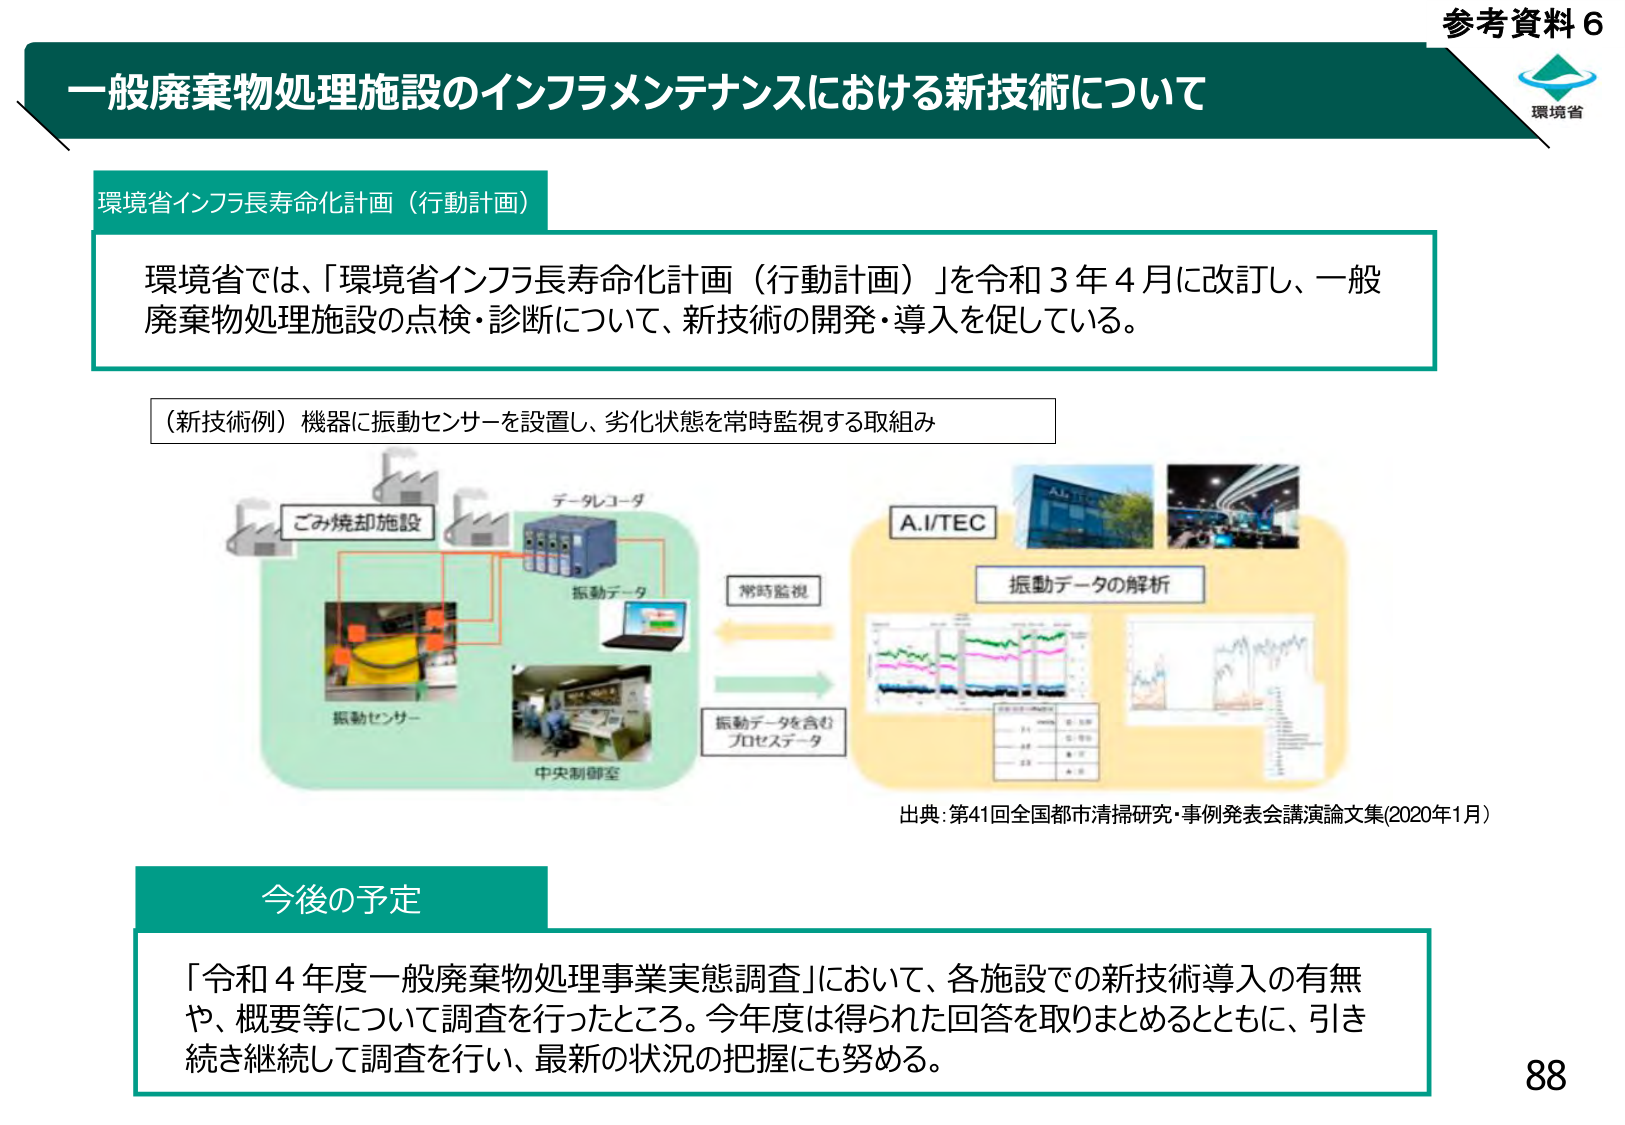
参考資料６
環境省

一般廃棄物処理施設のインフラメンテナンスにおける新技術について

環境省インフラ長寿命化計画（行動計画）

環境省では、「環境省インフラ長寿命化計画（行動計画）」を令和３年４月に改訂し、一般廃棄物処理施設の点検・診断について、新技術の開発・導入を促している。

（新技術例）機器に振動センサーを設置し、劣化状態を常時監視する取組み

ごみ焼却施設
データレコーダ
振動データ
振動センサー
中央制御室
常時監視
振動データを含むプロセスデータ
A.I/TEC
振動データの解析
出典：第41回全国都市清掃研究・事例発表会講演論文集（2020年1月）

今後の予定

「令和４年度一般廃棄物処理事業実態調査」において、各施設での新技術導入の有無や、概要等について調査を行ったところ。今年度は得られた回答を取りまとめるとともに、引き続き継続して調査を行い、最新の状況の把握にも努める。

88